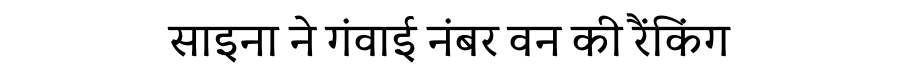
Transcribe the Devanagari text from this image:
साइना ने गंवाई नंबर वन की रैंकिंग